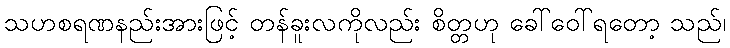
သဟစရဏနည်းအားဖြင့် တန်ခူးလကိုလည်း စိတ္တဟု ခေါ်ဝေါ်ရတော့ သည်၊